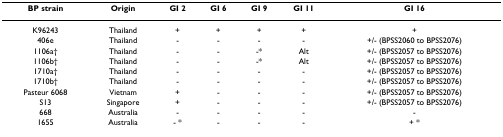
<table><thead><tr><td><b>BP strain</b></td><td><b>Origin</b></td><td><b>GI 2</b></td><td><b>GI 6</b></td><td><b>GI 9</b></td><td><b>GI 11</b></td><td><b>GI 16</b></td></tr></thead><tbody><tr><td>K96243</td><td>Thailand</td><td>+</td><td>+</td><td>+</td><td>+</td><td>+</td></tr><tr><td>406e</td><td>Thailand</td><td>-</td><td>-</td><td>-</td><td>-</td><td>+/- (BPSS2060 to BPSS2076)</td></tr><tr><td>1106a†</td><td>Thailand</td><td>-</td><td>-</td><td>-*</td><td>Alt</td><td>+/- (BPSS2057 to BPSS2076)</td></tr><tr><td>1106b†</td><td>Thailand</td><td>-</td><td>-</td><td>-*</td><td>Alt</td><td>+/- (BPSS2057 to BPSS2076)</td></tr><tr><td>1710a†</td><td>Thailand</td><td>-</td><td>-</td><td>-</td><td>-</td><td>+/- (BPSS2057 to BPSS2076)</td></tr><tr><td>1710b†</td><td>Thailand</td><td>-</td><td>-</td><td>-</td><td>-</td><td>+/- (BPSS2057 to BPSS2076)</td></tr><tr><td>Pasteur 6068</td><td>Vietnam</td><td>+</td><td>-</td><td>-</td><td>-</td><td>+/- (BPSS2057 to BPSS2076)</td></tr><tr><td>S13</td><td>Singapore</td><td>+</td><td>-</td><td>-</td><td>-</td><td>+/- (BPSS2057 to BPSS2076)</td></tr><tr><td>668</td><td>Australia</td><td>-</td><td>-</td><td>-</td><td>-</td><td>-</td></tr><tr><td>1655</td><td>Australia</td><td>- *</td><td>-</td><td>-</td><td>-</td><td>+ *</td></tr></tbody></table>